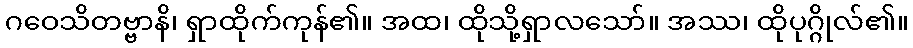
ဂဝေသိတဗ္ဗာနိ၊ ရှာထိုက်ကုန်၏။ အထ၊ ထိုသို့ရှာလသော်။ အဿ၊ ထိုပုဂ္ဂိုလ်၏။